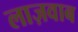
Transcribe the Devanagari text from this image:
लाज़वाब